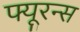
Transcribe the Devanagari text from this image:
फ्यूरन्स